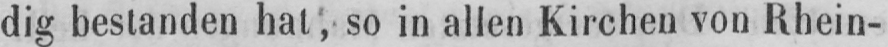
dig bestanden hat, so in allen Kirchen von Rhein-